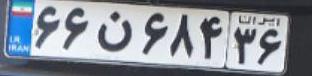
۶۶ن۶۸۴۳۶